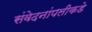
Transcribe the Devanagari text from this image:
संवेदनांपलीकडे